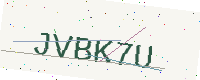
Text: JVBK7U